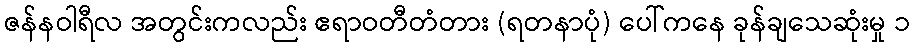
ဇန်နဝါရီလ အတွင်းကလည်း ဧရာဝတီတံတား (ရတနာပုံ) ပေါ်ကနေ ခုန်ချသေဆုံးမှု ၁